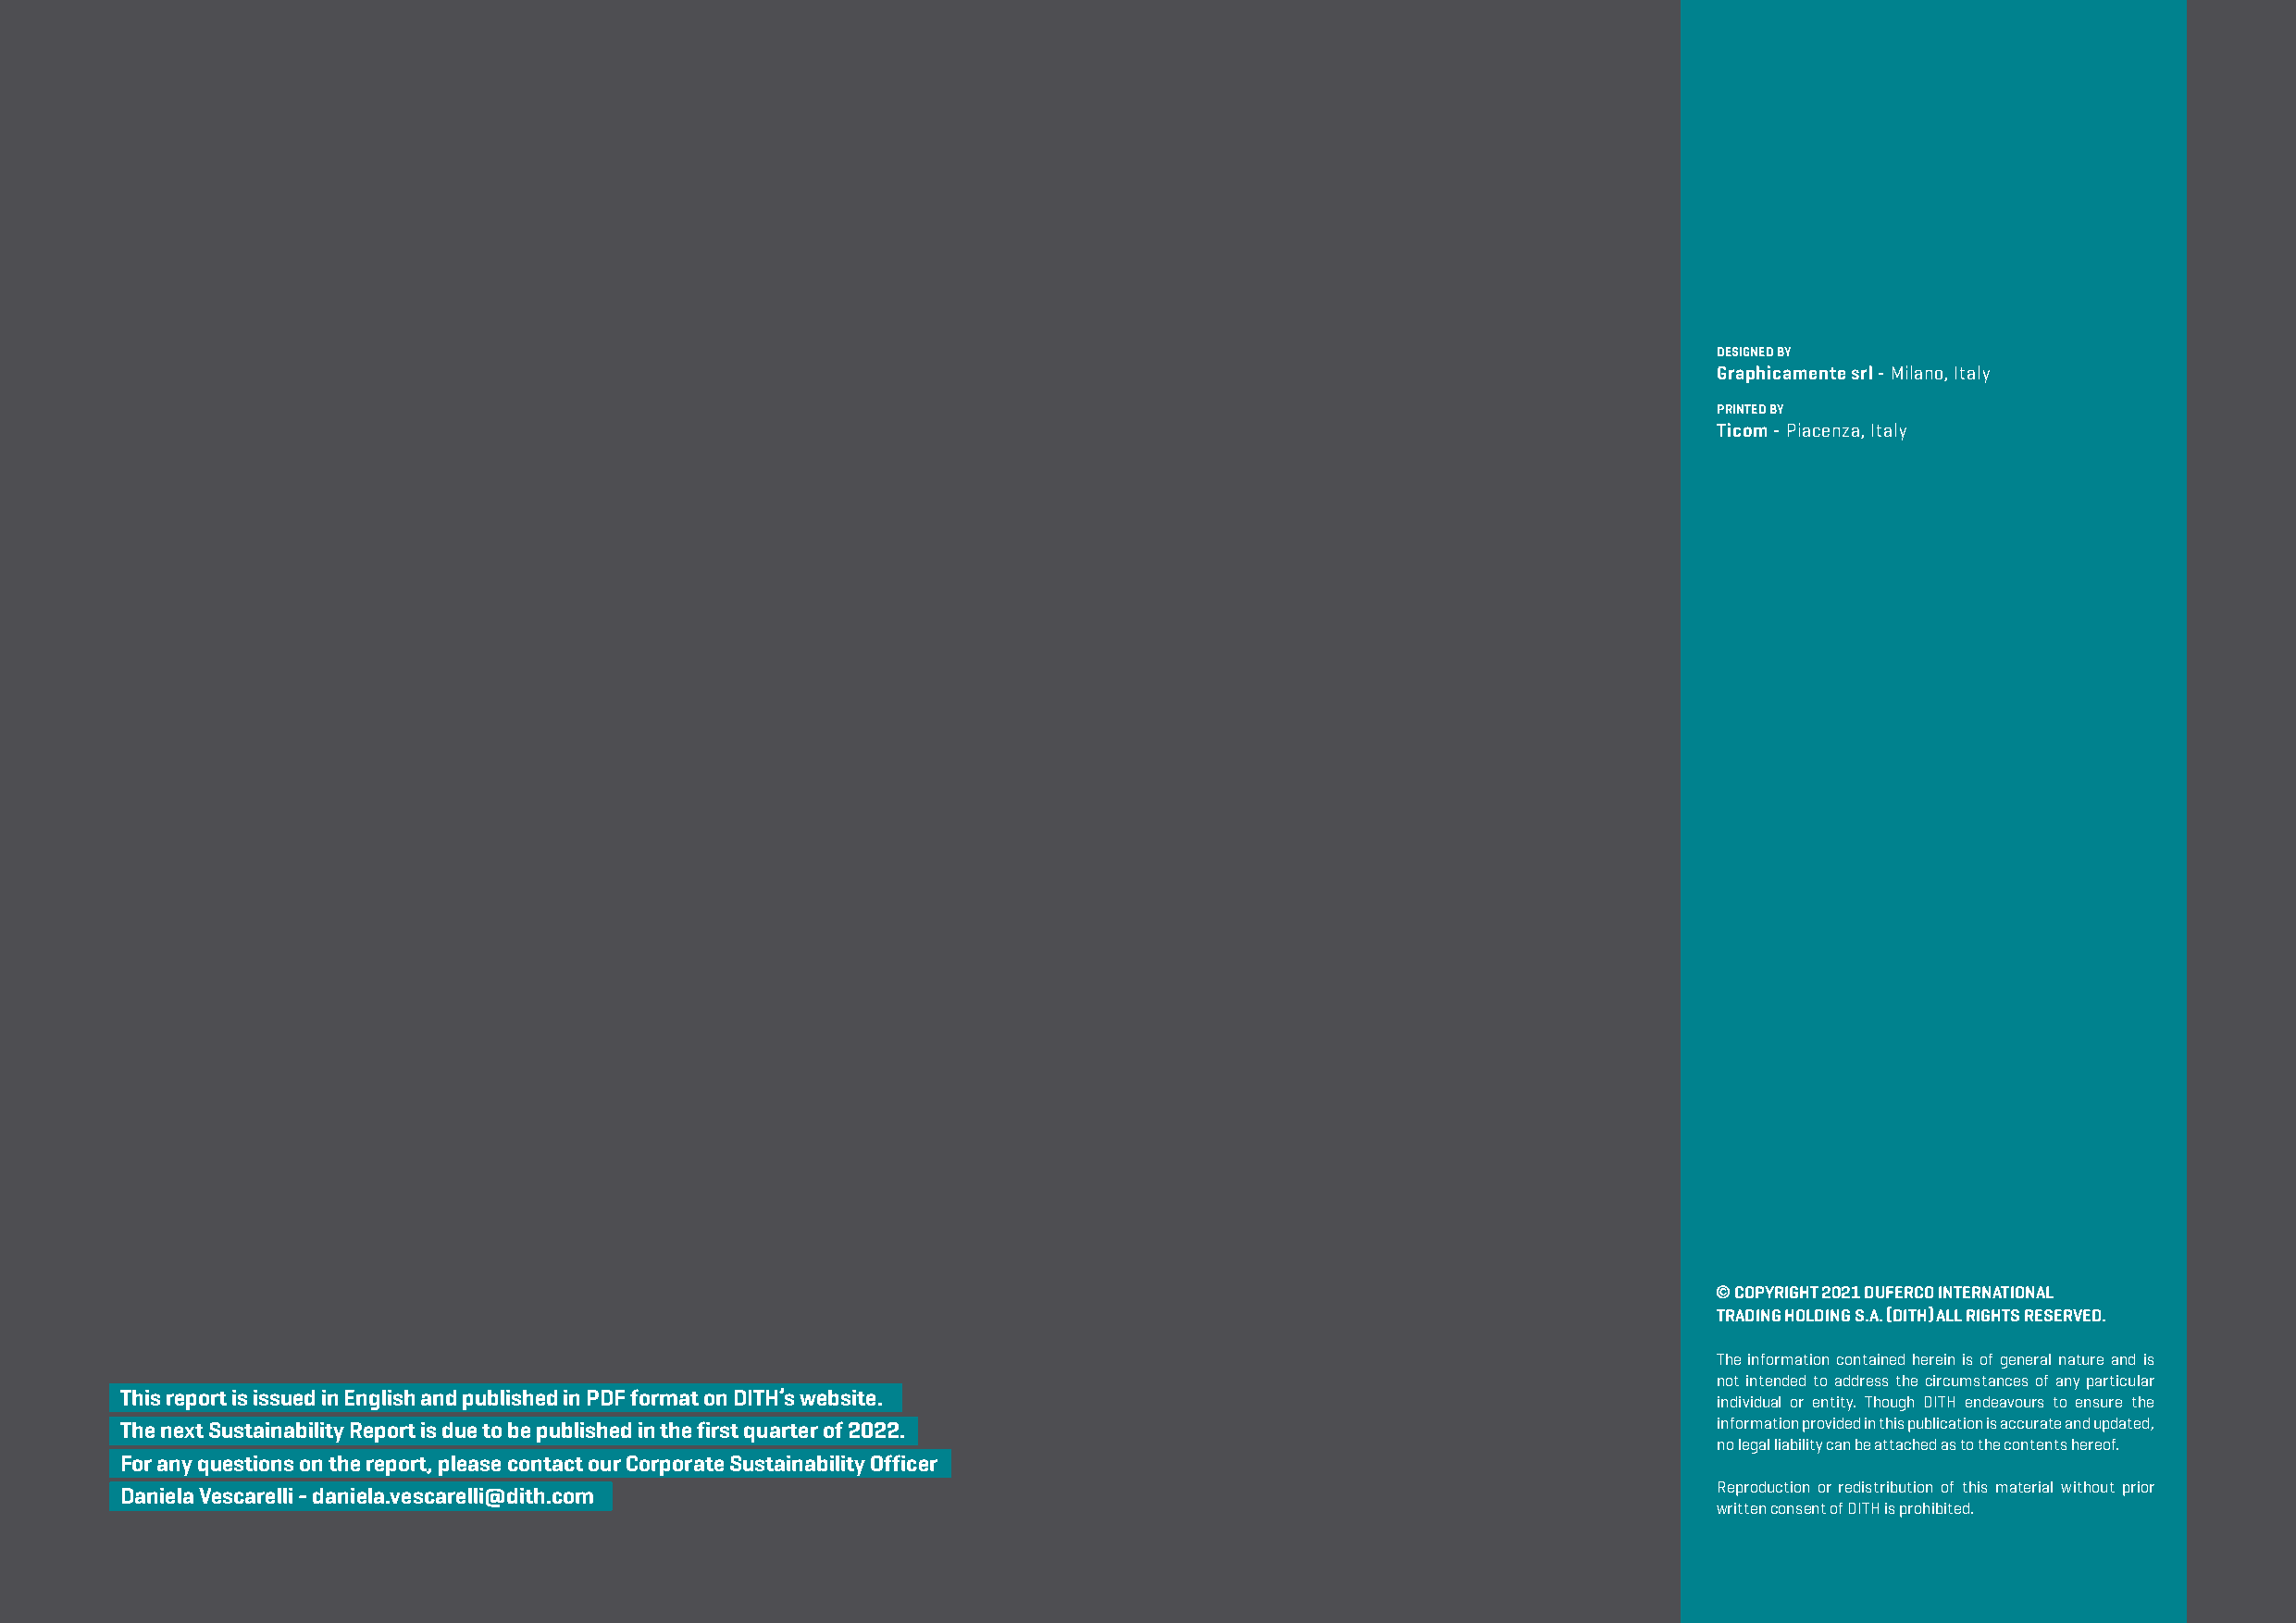
designed by
 Graphicamente srl - Milano, Italy
 printed by
 Ticom - Piacenza, Italy
 © COPYRIGHT 2021 DUFERCO INTERNATIONAL
 TRADING HOLDING S.A. (DITH) ALL RIGHTS RESERVED.
 The information contained herein is of general nature and is
 not intended to address the circumstances of any particular
 This report is issued in English and published in PDF format on DITH’s website.
 individual or entity. Though DITH endeavours to ensure the
 The next Sustainability Report is due to be published in the first quarter of 2022.                               information provided in this publication is accurate and updated,
 no legal liability can be attached as to the contents hereof.
 For any questions on the report, please contact our Corporate Sustainability Officer
 Reproduction or redistribution of this material without prior
 Daniela Vescarelli - daniela.vescarelli@dith.com
 written consent of DITH is prohibited.